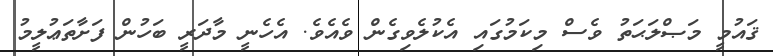
ޤައުމީ މަޞްލަޙަތު ވެސް މިކަމުގައި އެކުލެވިގެން ވެއެވެ. އެހެނީ މާދަރީ ބަހުން ފަށާތަޢުލީމު